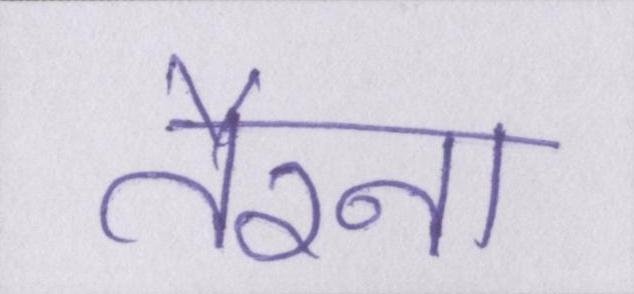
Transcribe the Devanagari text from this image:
तैरना